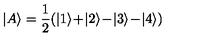
| A \rangle = \frac { 1 } { 2 } ( | 1 \rangle \! + \! | 2 \rangle \! - \! | 3 \rangle \! - \! | 4 \rangle )